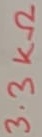
Text: 3.3KΩ